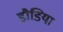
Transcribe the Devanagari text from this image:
डौडिया